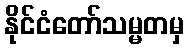
နိုင်ငံတော်သမ္မတမှ